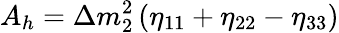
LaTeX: A_{h}=\Delta m_{2}^{2}\left(\eta_{11}+\eta_{22}-\eta_{33}\right)